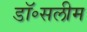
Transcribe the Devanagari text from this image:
डॉ॰सलीम